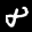
Label: 8